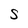
Character: S